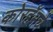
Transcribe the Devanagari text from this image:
कोरहॅमचे